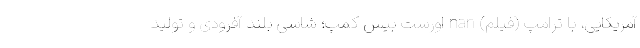
آمریکایی، با ترامپ (فیلم) nan اورست بیس کمپ؛ شاسی بلند آفرودی و تولید